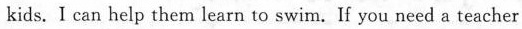
kids. I can help them learn to swim. If you need a teacher